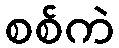
စစ်ကဲ